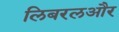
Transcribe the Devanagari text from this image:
लिबरलऔर